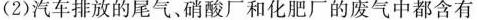
(2)汽车排放的尾气、硝酸厂和化肥厂的废气中都含有